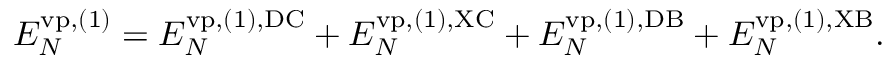
\begin{array} { r } { { \cal E } _ { N } ^ { \ensuremath { \mathrm { v p } } , ( 1 ) } = { \cal E } _ { N } ^ { \ensuremath { \mathrm { v p } } , ( 1 ) , \mathrm { D C } } + { \cal E } _ { N } ^ { \ensuremath { \mathrm { v p } } , ( 1 ) , \mathrm { X C } } + { \cal E } _ { N } ^ { \ensuremath { \mathrm { v p } } , ( 1 ) , \mathrm { D B } } + { \cal E } _ { N } ^ { \ensuremath { \mathrm { v p } } , ( 1 ) , \mathrm { X B } } . } \end{array}